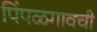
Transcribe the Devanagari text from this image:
पिंपळगावची